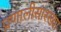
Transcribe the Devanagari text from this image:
प्रणालीसारख्या